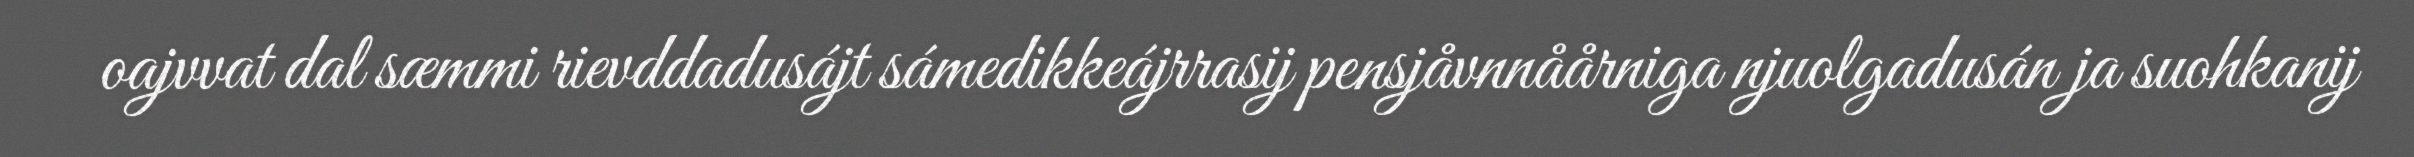
oajvvat dal sæmmi rievddadusájt sámedikkeájrrasij pensjåvnnåårniga njuolgadusán ja suohkanij